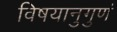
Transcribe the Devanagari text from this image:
विषयानुगुणं